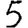
Digit: 5